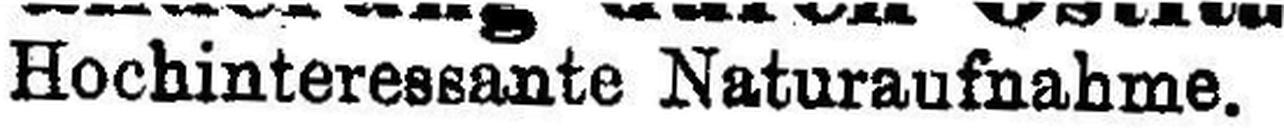
Hochinteressante Naturaufnahme.